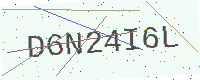
Text: D6N24I6L